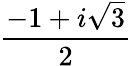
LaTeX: \frac{-1+i\sqrt{3}}{2}